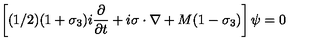
\left[ ( 1 / 2 ) ( 1 + \sigma _ { 3 } ) i { \frac { \partial } { \partial t } } + i \mathrm { \boldmath \sigma } \cdot \mathrm { \boldmath \nabla } + M ( 1 - \sigma _ { 3 } ) \right] \psi = 0